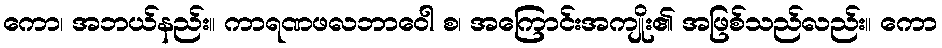
ကော၊ အဘယ်နည်း။ ကာရဏဖလဘာဝေါ စ၊ အကြောင်းအကျိုး၏ အဖြစ်သည်လည်း။ ကော